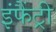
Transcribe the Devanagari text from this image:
इंफैंट्री